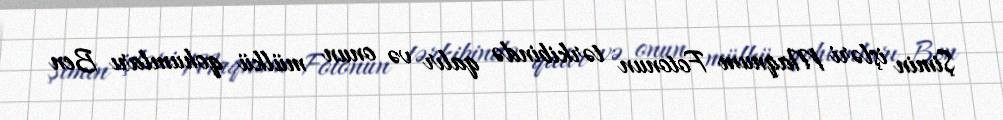
Şimin işləri Maqnum Fotonun tərkibində qalır və onun mülkü qohumları Ben